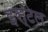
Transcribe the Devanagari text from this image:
इस्टेल